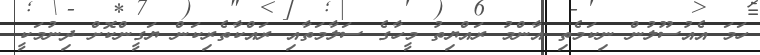
ހަމަ އެއުސޫލުން ނިކަމެތި އާންމު ރައްޔިތު މީހާގެ ސަލާމަތާއި ރައްކާތެރިކަން ޔަގީންކޮށް ދިނުމަކީ